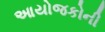
આયોજકોની